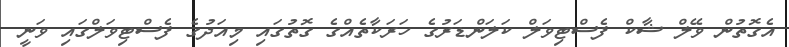
އެގޮތުން ވޭލް ޝާކް ފެސްޓިވަލް ކަލަންޑަރުގެ ހަރަކާތެއްގެ ގޮތުގައި މިއަދުގެ ފެސްޓިވަލްގައި ވަނީ